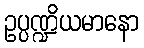
ဥပ္ပဏ္ဍိယမာနော